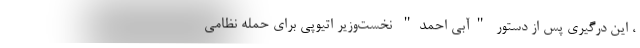
، این درگیری پس از دستور "آبی احمد" نخست‌وزیر اتیوپی برای حمله نظامی